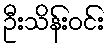
ဦးသိန်းဝင်း